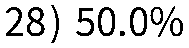
28) 50.0%